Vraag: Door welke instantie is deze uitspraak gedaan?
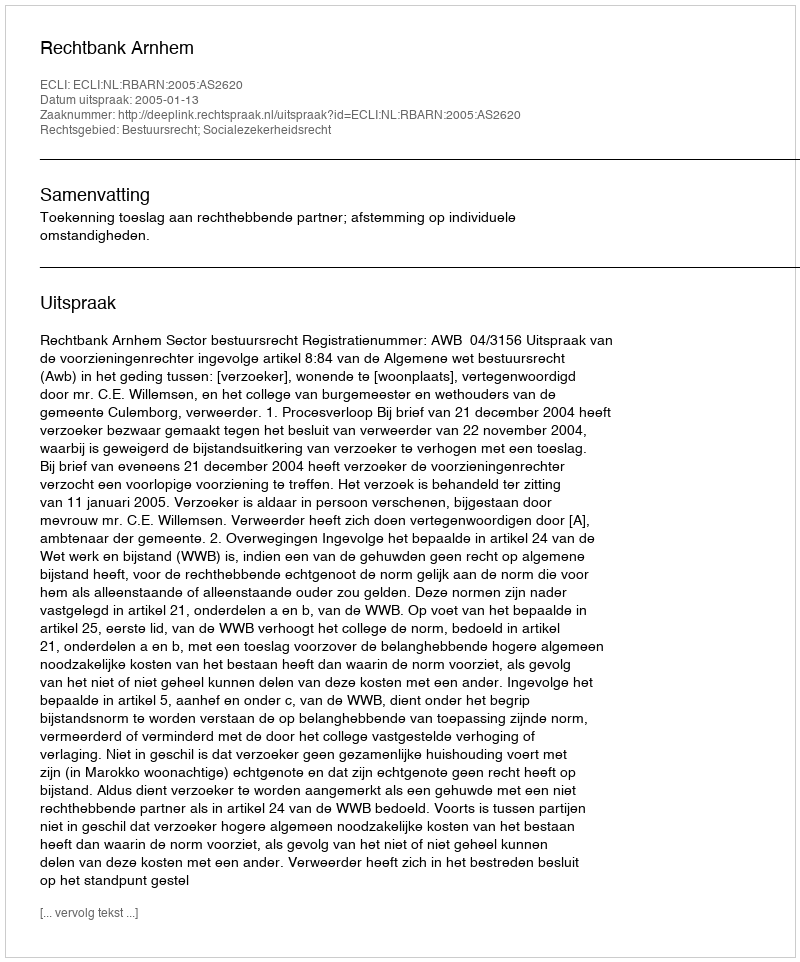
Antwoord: Rechtbank Arnhem